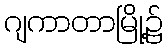
ဂျကာတာမြို့၌